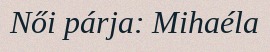
Női párja: Mihaéla